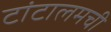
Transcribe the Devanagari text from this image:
टांटालमची